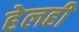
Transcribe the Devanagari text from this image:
हेलही